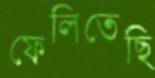
ফেলিতেছি